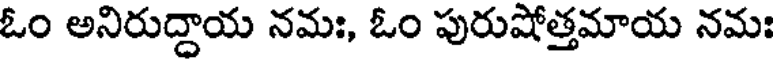
ఓం అనిరుద్దాయ నమః, ఓం పురుషోత్తమాయ నమః